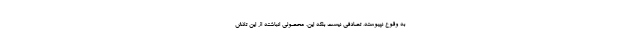
به وقوع نپیوسته، تصادفی نیست بلکه این، محصولی انباشته از این تلاش